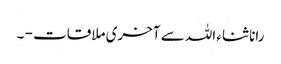
رانا ثناء اللہ سے آخری ملاقات - ۔